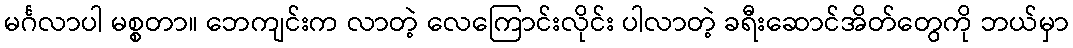
မင်္ဂလာပါ မစ္စတာ။ ဘေကျင်းက လာတဲ့ လေကြောင်းလိုင်း ပါလာတဲ့ ခရီးဆောင်အိတ်တွေကို ဘယ်မှာ